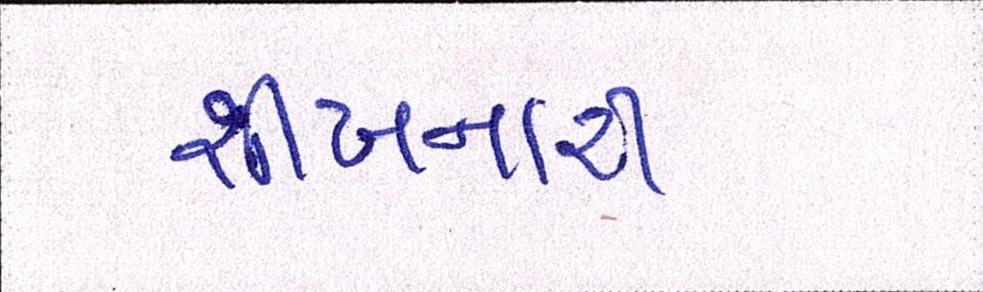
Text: શીખનારી